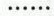
……